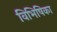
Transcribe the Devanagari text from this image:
विभिषिका